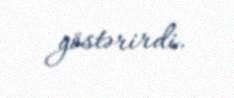
göstərirdi.